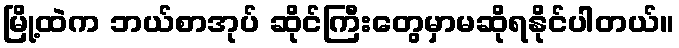
မြို့ထဲက ဘယ်စာအုပ် ဆိုင်ကြီးတွေမှာမဆိုရနိုင်ပါတယ်။